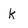
Character: k